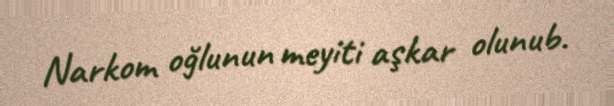
Narkom oğlunun meyiti aşkar olunub.